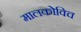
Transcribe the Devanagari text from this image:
मालकोविच